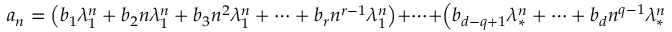
a _ { n } = \left( b _ { 1 } \lambda _ { 1 } ^ { n } + b _ { 2 } n \lambda _ { 1 } ^ { n } + b _ { 3 } n ^ { 2 } \lambda _ { 1 } ^ { n } + \cdots + b _ { r } n ^ { r - 1 } \lambda _ { 1 } ^ { n } \right) + \cdots + \left( b _ { d - q + 1 } \lambda _ { * } ^ { n } + \cdots + b _ { d } n ^ { q - 1 } \lambda _ { * } ^ { n } \right)